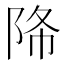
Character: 𨹓